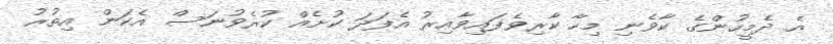
އެ ދެމީހުންގެ ކާވެނި މިހާ ކާރިވެފައިވާއިރު އެފަދަ ކުށެއް ކުރެވުނަސް އެކަން އިތުރު